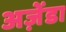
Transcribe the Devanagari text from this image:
अज़ेंडा